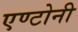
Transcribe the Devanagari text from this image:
एण्टोनी